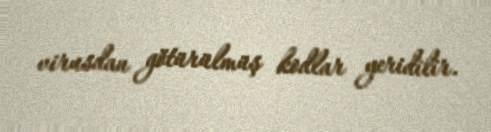
virusdan götürülmüş kodlar yeridilir.